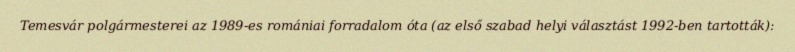
Temesvár polgármesterei az 1989-es romániai forradalom óta (az első szabad helyi választást 1992-ben tartották):